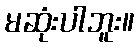
မဆုံးပါဘူး။